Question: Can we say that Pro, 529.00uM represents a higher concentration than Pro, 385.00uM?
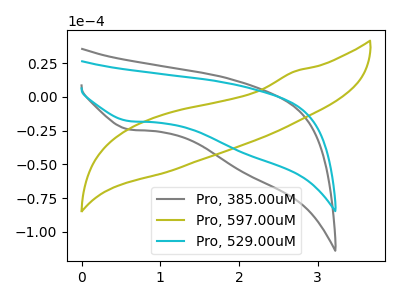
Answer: <think>The gray curve "Pro, 385.00uM" has a cathodic peak at: (0.60V, -24.10uA). The olive curve "Pro, 597.00uM" has no peaks. The cyan curve "Pro, 529.00uM" has a cathodic peak at: (0.60V, -17.90uA).
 All the peaks in "Pro, 529.00uM" have a peak in "Pro, 385.00uM" at the same potential. Every peak in "Pro, 529.00uM" is lower than every peak in "Pro, 385.00uM".</think>
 <answer>"Pro, 529.00uM" has less signal than "Pro, 385.00uM" and so likely has a lower concentration.</answer>
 <eval>less_concentration</eval>